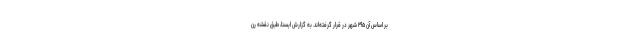
بر اساس آن ۲۹۵ شهر در قرار گرفته‌اند. به گزارش ایسنا، طبق نقشه رن